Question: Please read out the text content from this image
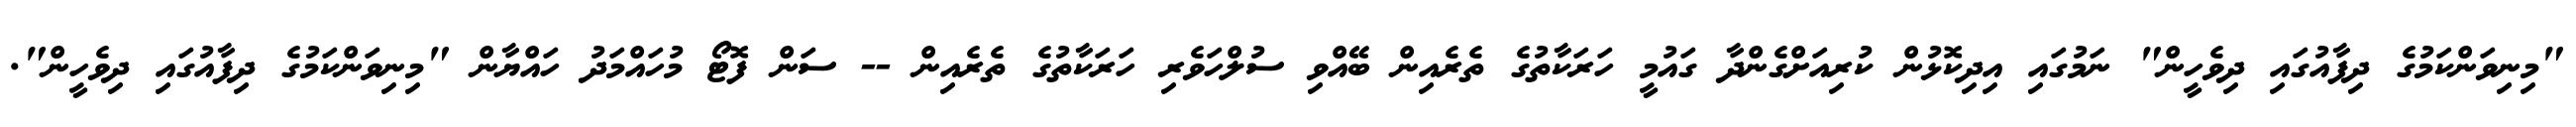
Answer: "މިނިވަންކަމުގެ ދިފާއުގައި ދިވެހީން" ނަމުގައި އިދިކޮޅުން ކުރިއަށްގެންދާ ގައުމީ ހަރަކާތުގެ ތެރެއިން ބޭއްވި ސުލްހަވެރި ހަރަކާތުގެ ތެރެއިން -- ސަން ފޮޓޯ މުހައްމަދު ހައްޔާން "މިނިވަންކަމުގެ ދިފާއުގައި ދިވެހީން".